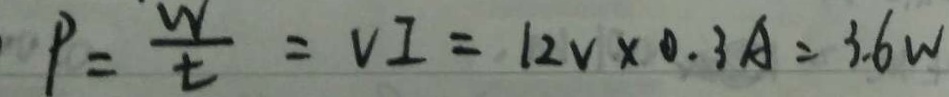
P = \frac { w } { t } = V I = 1 2 v \times 0 . 3 A = 3 . 6 W